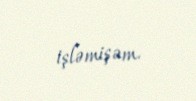
işləmişəm.